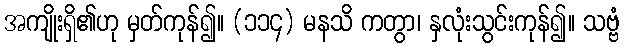
အကျိုးရှိ၏ဟု မှတ်ကုန်၍။ (၁၁၄) မနသိ ကတွာ၊ နှလုံးသွင်းကုန်၍။ သဗ္ဗံ